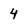
Character: 4